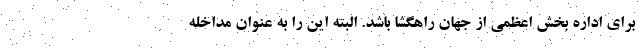
برای اداره بخش اعظمی از جهان راهگشا باشد. البته این را به عنوان مداخله